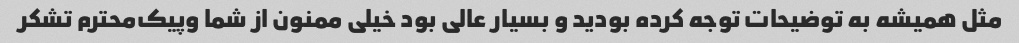
مثل همیشه به توضیحات توجه کرده بودید و بسیار عالی بود خیلی ممنون از شما و‌پیک‌محترم تشکر